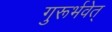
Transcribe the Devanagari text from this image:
गुरूर्भवेत्